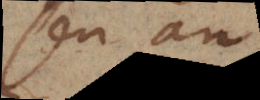
seu an